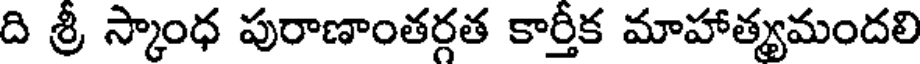
ది శ్రీ స్కాంధ పురాణాంతర్గత కార్తీక మాహాత్యమందలి